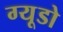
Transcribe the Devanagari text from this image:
ग्यूडो